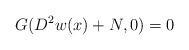
LaTeX: \begin{align*}G(D^2w(x)+N,0)=0\end{align*}